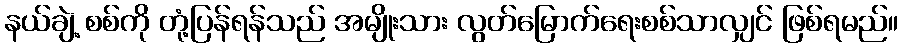
နယ်ချဲ့ စစ်ကို တုံ့ပြန်ရန်သည် အမျိုးသား လွတ်မြောက်ရေးစစ်သာလျှင် ဖြစ်ရမည်။